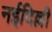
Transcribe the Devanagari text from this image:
नईदिल्ली